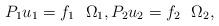
LaTeX: \begin{align*} P_1 u_1 = f_1 \ \ \Omega_1, P_2 u_2 = f_2\ \ \Omega_2, \end{align*}